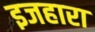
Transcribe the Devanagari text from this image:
इजहारा